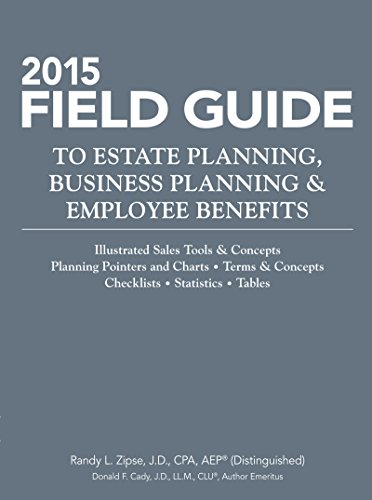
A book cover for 2015 Field Guide to Estate Planning, Business Planning & Employee Benefits (Tax Facts); Randy L. Zipse; Business & Money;